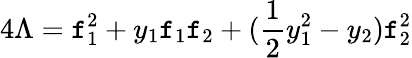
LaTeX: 4\Lambda=\mathtt{f}_{1}^{2}+y_{1}\mathtt{f}_{1}\mathtt{f}_{2}+(\frac{{1}}{{2}}y_{1}^{2}-y_{2})\mathtt{f}_{2}^{2}